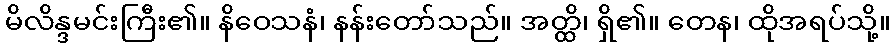
မိလိန္ဒမင်းကြီး၏။ နိဝေသနံ၊ နန်းတော်သည်။ အတ္ထိ၊ ရှိ၏။ တေန၊ ထိုအရပ်သို့။